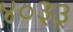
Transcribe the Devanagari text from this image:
४०३३